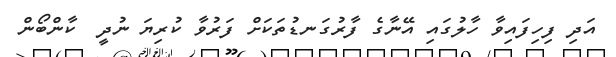
އަދި ފިހިފައިވާ ހާލުގައި އޭނާގެ ފާރުގަނޑުތަކަށް ފަރުވާ ކުރިޔަ ނުދީ  ކާންބޯން